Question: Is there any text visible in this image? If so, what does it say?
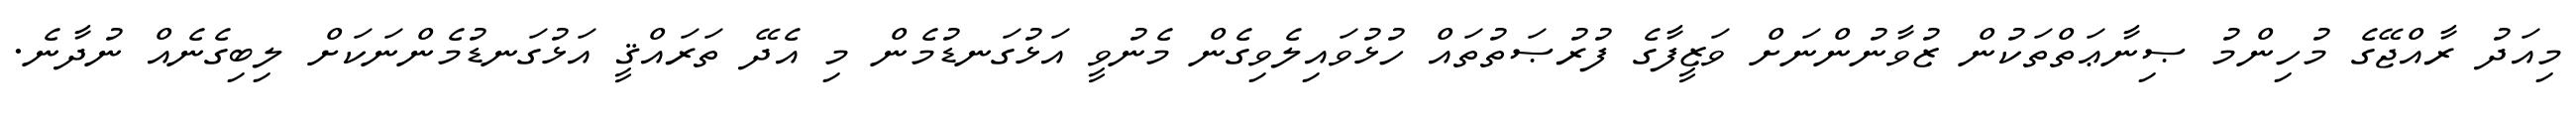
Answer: މިއަދު ރާއްޖޭގެ މުހިންމު ޞިނާޢަތްތަކުން ޒުވާނުންނަށް ވަޒީފާގެ ފުރުޞަތުތައް ހުޅުވައިލެވިގެން މެނުވީ އަޅުގަނޑުމެން މި އެދޭ ތަރައްޤީ އަޅުގަނޑުމެންނަކަށް ލިބިގެނެއް ނުދާނެ.